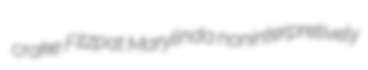
crake Fitzpat Marylinda noninterpretively